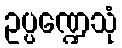
ဥပ္ပဏ္ဍေသုံ